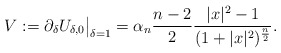
\begin{align*}V:=\partial_\delta U_{\delta,0}\big|_{\delta=1}=\alpha_n\frac{n-2}{2}\frac{|x|^2-1}{(1+|x|^2)^\frac{n}{2}}.\end{align*}